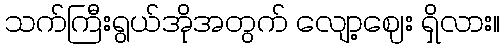
သက်ကြီးရွယ်အိုအတွက် လျော့ဈေး ရှိလား။